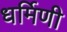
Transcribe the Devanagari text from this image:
धर्मिणी